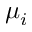
\mu _ { i }